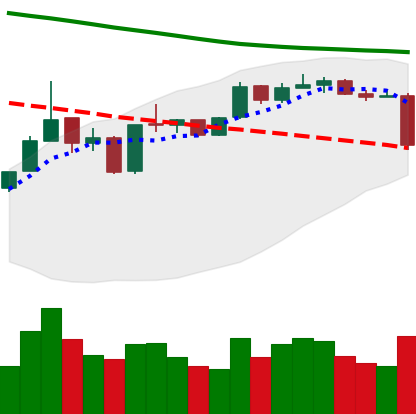
Ticker: ETH-USD
Chart end date: 2019-01-10
Forward return: -5.125%
Label: down_5_7